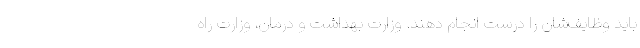
باید وظایف‌شان را درست انجام دهند. وزارت بهداشت و درمان، وزارت راه